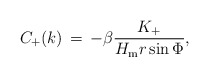
\begin{align*}C_+(k)\,=\,-\beta \frac{K_+}{H_{\rm m}r\sin \Phi},\end{align*}